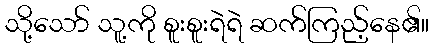
သို့သော် သူ့ကို စူးစူးရဲရဲ ဆက်ကြည့်နေ၏။